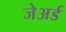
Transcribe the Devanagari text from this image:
जेअर्ड